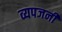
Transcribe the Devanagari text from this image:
व्यपजनी